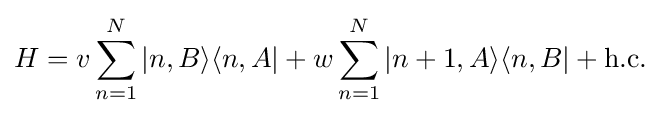
H=v\sum _{n=1}^{N}|n,B\rangle \langle n,A|+w\sum _{n=1}^{N}|n+1,A\rangle \langle n,B|+\mathrm {h.c.}